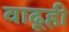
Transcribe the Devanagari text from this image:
वाढूही